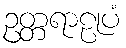
ဥတ္တရာဠုပံ